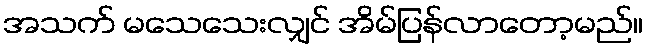
အသက် မသေသေးလျှင် အိမ်ပြန်လာတော့မည်။